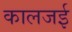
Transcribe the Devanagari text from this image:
कालजई